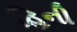
હિની